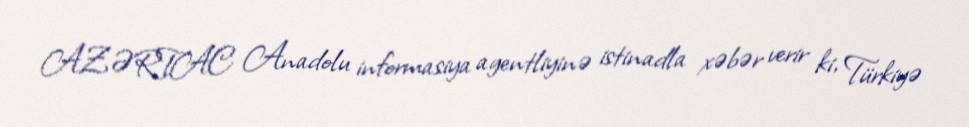
AZƏRTAC Anadolu informasiya agentliyinə istinadla xəbər verir ki, Türkiyə